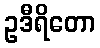
ဥဒီရိတော